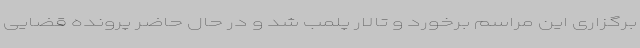
برگزاری این مراسم برخورد و تالار پلمب شد و در حال حاضر پرونده قضایی